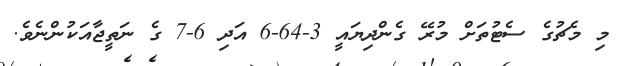
މި މެޗުގެ ސެޓުތަށް މުރޭ ގެންދިޔައީ 3-64-6 އަދި 6-7 ގެ ނަތީޖާއަކުންނެވެ.